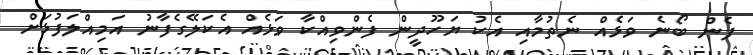
ފެން ބޯނެ ވަޅެއް ނެތުމާއި އެކު ޔަހޫދީން ފެންވިއްކާ ވަޅެއް އެކަލޭގެފާނު އަމިއްލަފުޅަށް